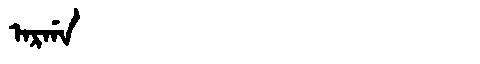
Manchu: ᠠᡵᡤᠠ
Romanization: ARGA